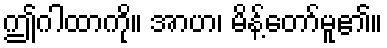
ဤဂါထာကို။ အာဟ၊ မိန့်တော်မူ၏။